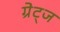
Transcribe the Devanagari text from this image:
ग्रेट्ज